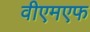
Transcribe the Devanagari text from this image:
वीएमएफ